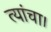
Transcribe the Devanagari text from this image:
त्यांचा।